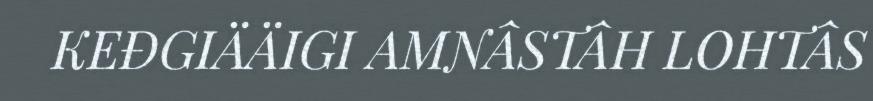
KEĐGIÄÄIGI AMNÂSTÂH LOHTÂS